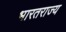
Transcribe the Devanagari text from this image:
भारतराज्य